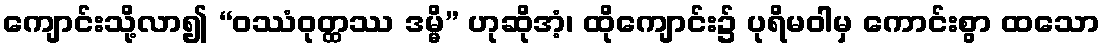
ကျောင်းသို့လာ၍ “ဝဿံဝုတ္ထဿ ဒမ္မိ” ဟုဆိုအံ့၊ ထိုကျောင်း၌ ပုရိမဝါမှ ကောင်းစွာ ထသော